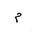
Letter: _mim